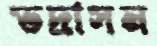
ভদ্রাসন